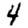
Digit: 4